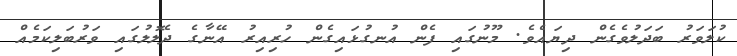
ކުލަވަރު ބަދަލުވެގެން ދިޔައެވެ. މޫނުގައި ފެން އުނގުޅައިގެން ހުރިއިރު އޭނާގެ ދެލޮލުގައި ވަރުބަލިކަމެއް